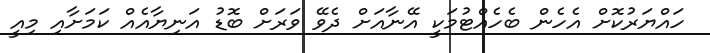
ހައްޔަރުކޮށް އެހެން ބެހެއްޓުމަކީ އޭނާއަށް ދެވޭ ވަރަށް ބޮޑު އަނިޔާއެއް ކަމަށާއި މިއީ